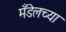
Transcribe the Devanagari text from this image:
मँडेलच्या